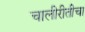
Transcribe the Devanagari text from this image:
चालीरीतीचा